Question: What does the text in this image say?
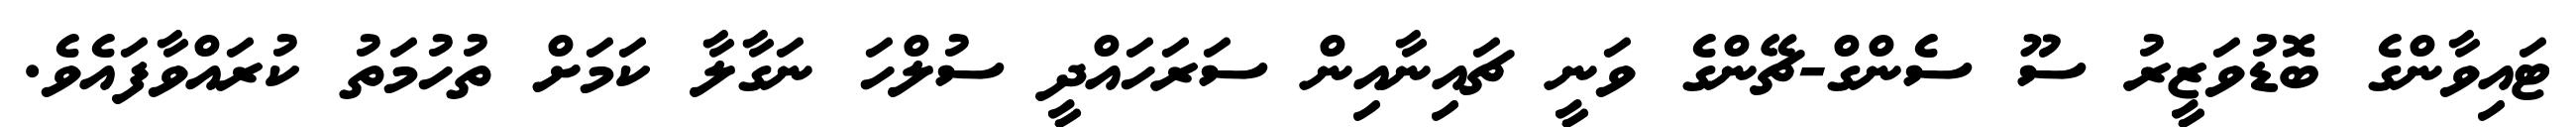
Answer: ޓައިވާންގެ ބޮޑުވަޒީރު ސޫ ސެންގް-ޗޭންގެ ވަނީ ޗައިނާއިން ސަރަހައްދީ ސުލްހަ ނަގާލާ ކަމަށް ތުހުމަތު ކުރައްވާފައެވެ.